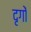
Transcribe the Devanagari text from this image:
दृगों